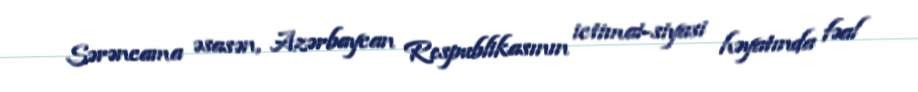
Sərəncama əsasən, Azərbaycan Respublikasının ictimai-siyasi həyatında fəal